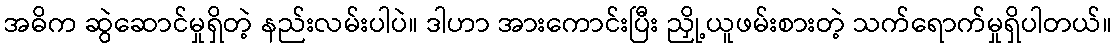
အဓိက ဆွဲဆောင်မှုရှိတဲ့ နည်းလမ်းပါပဲ။ ဒါဟာ အားကောင်းပြီး ညှို့ယူဖမ်းစားတဲ့ သက်ရောက်မှုရှိပါတယ်။